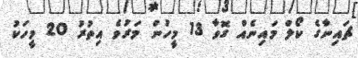
ޗައިނާގެ ކޯލް މައިނެއް ގޮވާ 13 މީހުން މަރުވެ އިތުރު 20 މީހަކު